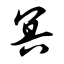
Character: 冥